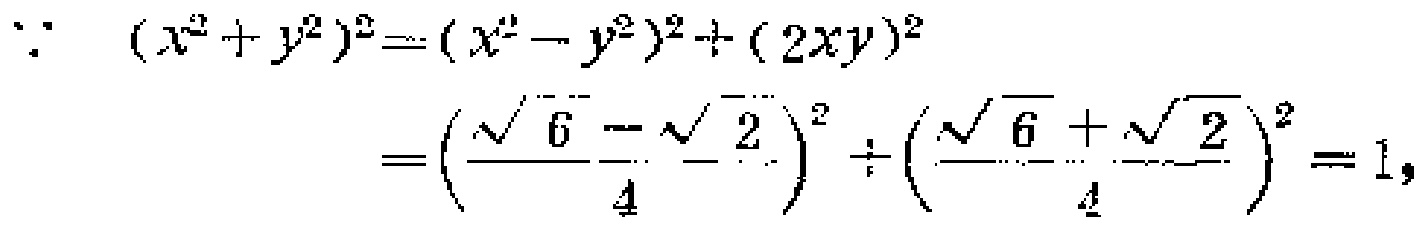
\(\because (x^{2}+y^{2})^{2}=(x^{2}-y^{2})^{2}+(2xy)^{2}\)
\(=\left(\frac{\sqrt{6}-\sqrt{2}}{4}\right)^{2}+\left(\frac{\sqrt{6}+\sqrt{2}}{4}\right)^{2}=1,\)